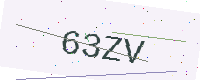
Text: 63ZV